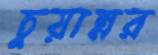
চুয়ান্নর